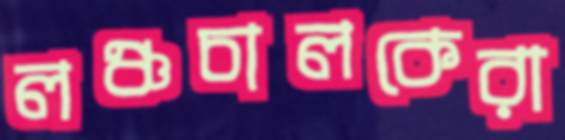
লঞ্চচালকেরা